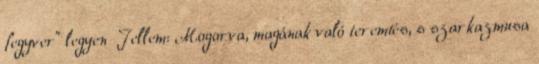
fegyver” legyen Jellem: Mogorva, magának való teremtés, s szarkazmusa